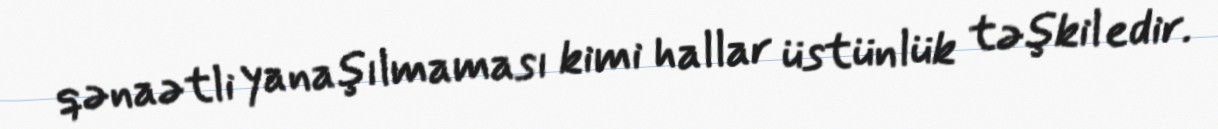
qənaətli yanaşılmaması kimi hallar üstünlük təşkil edir.